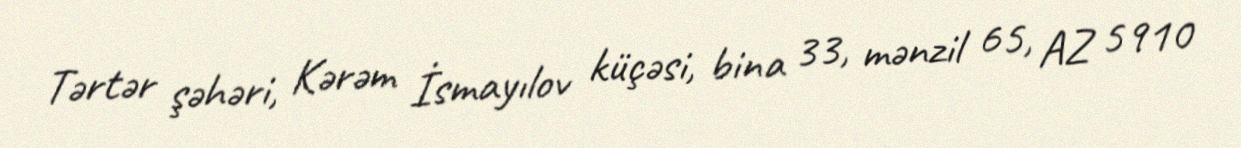
Tərtər şəhəri, Kərəm İsmayılov küçəsi, bina 33, mənzil 65, AZ 5910